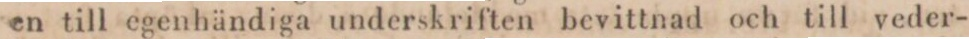
en till egenhändiga underskriften bevittnad och till veder-